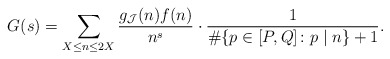
\begin{align*}G(s) = \sum_{\substack{X \leq n \leq 2X}} \frac{g_{\mathcal{J}}(n) f(n)}{n^s} \cdot \frac{1}{\# \{p \in [P, Q] \colon p \mid n\} + 1}.\end{align*}